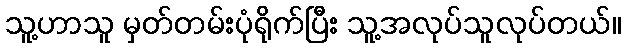
သူ့ဟာသူ မှတ်တမ်းပုံရိုက်ပြီး သူ့အလုပ်သူလုပ်တယ်။